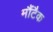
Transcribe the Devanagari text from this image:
मौंटैक